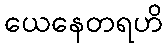
ယေနေတရဟိ